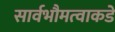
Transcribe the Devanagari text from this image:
सार्वभौमत्वाकडे